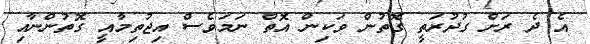
އެ ދެ ރަށް ގުދުރަތީ ގޮތުން ވަކިން އޮތް ނަމަވެސް އިޖުތިމާއީ ގޮތުންނާއި